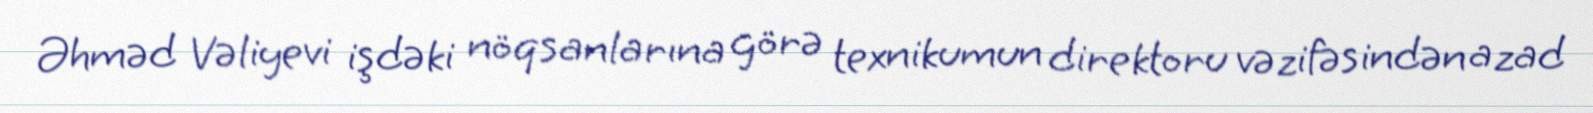
Əhməd Vəliyevi işdəki nöqsanlarına görə texnikumun direktoru vəzifəsindən azad